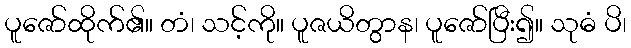
ပူဇော်ထိုက်၏။ တံ၊ သင့်ကို။ ပူဇယိတွာန၊ ပူဇော်ပြီး၍။ သုဓံ ပိ၊